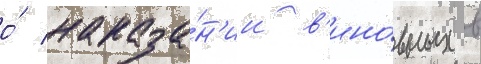
о́ наказа́н'ии в'ино́вных в